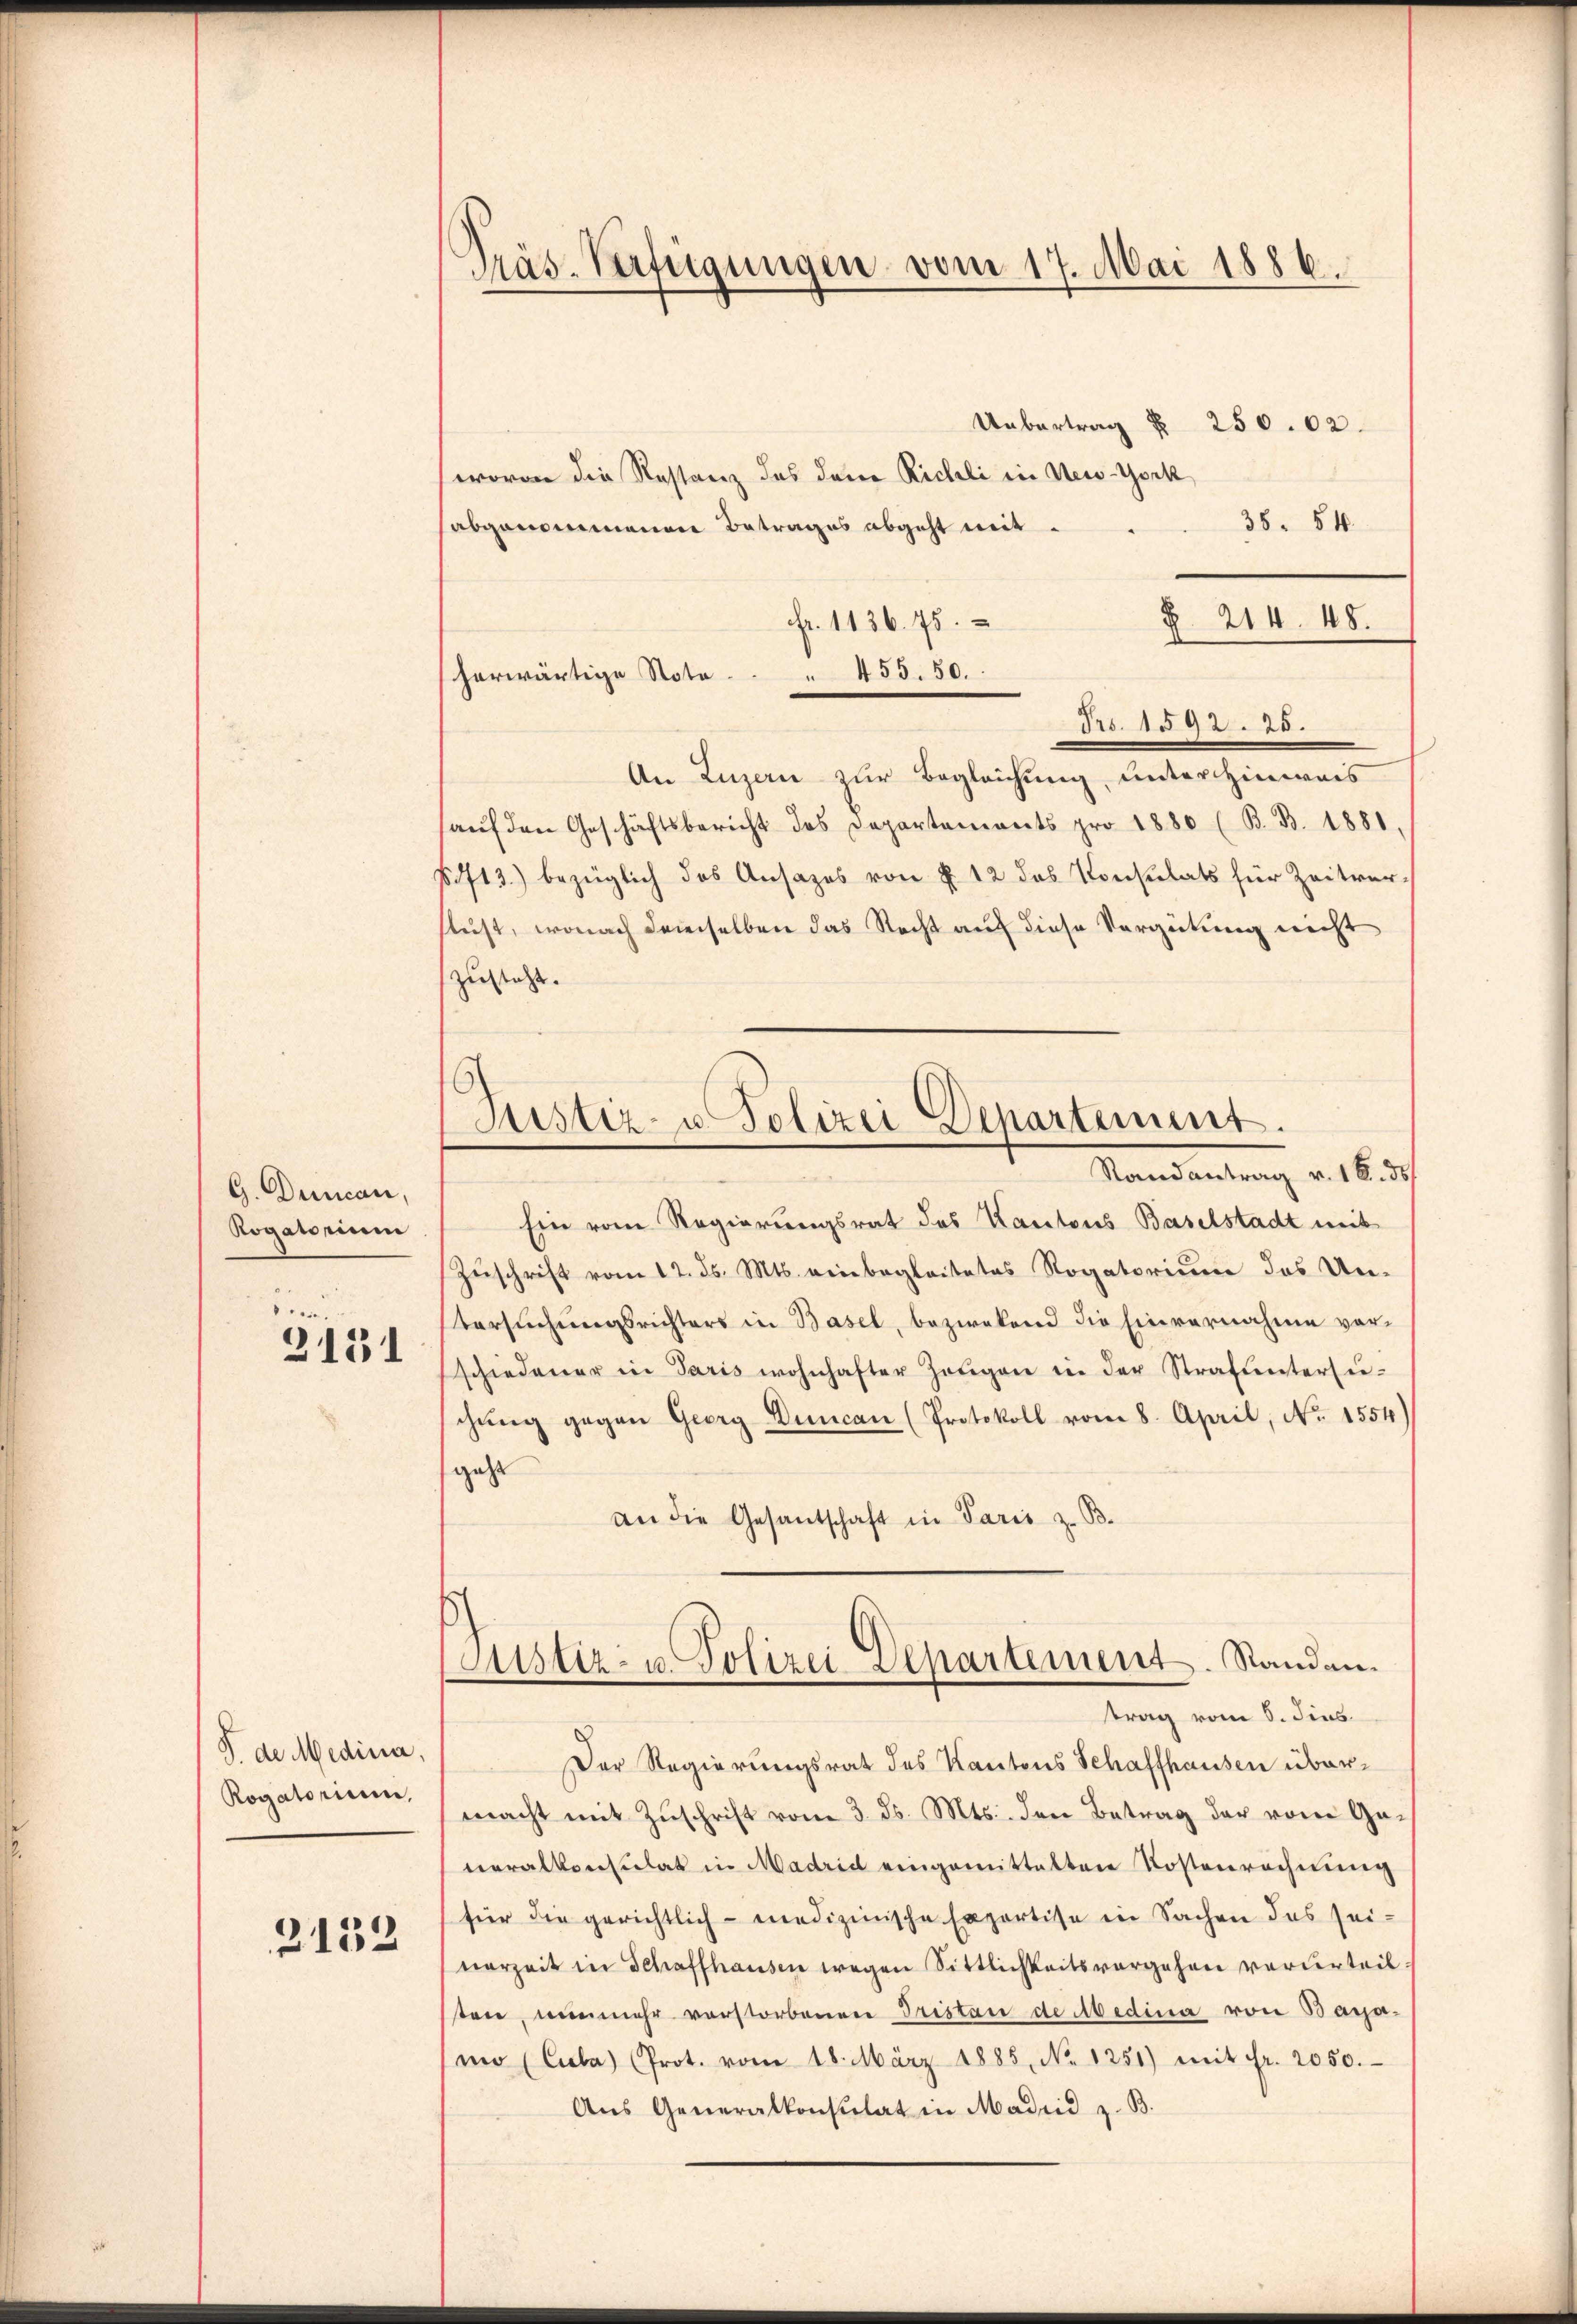
G. Duncan,
Rogatorium
.
3131

J. de Medicia,
Rogatorium,

2132

Präs. Verfügungen vom 17. Mai 1886.

Uebertrag § 250. 62.
wovon die Restanz des dem Richli in New-York
38. 54.
abgenommenen Betrages abgeht mit
Fr. 1136. 75.
§ 214. 48.
herwärtige Note . . . 455. 50.
 1285
An Luzern zur Begleichung, unter hinweis
aŭf den Geschäftsbericht des Departements pro 1880 (B. B. 1881,
§713) bezüglich des Ansazes von § 12 das Konsulats für Zeitverslust, wonach demselben das Recht auf diese Vergütung nicht
zusteht.
Ein vom Regierungsrat des Kantons Baselstadt mit
Zuschrift vom 12. ds. Mts. einbegleitetes Rogatorium das Un-
Versuchungsrichters in Basel, bezwekend die Einvernahme vorschiedener in Paris wohnhafter Zeugen in der Strafuntersu-
chŭng gegen Georg Duncan (Protokoll vom 8. April, No 1554)
geht
an die Gesantschaft in Paris z. B.
Astiz- u. Polizei Departement. Standen.
trag vom 6. dies
Der Regierungsrat des Kantons Schaffhausen übermacht mit Zuschrift vom 3. ds. Mts. den Betrag der vom Generalkonsulat in Madrid eingemittelten Kostenrechnung
für die gerichtlich - medizinische Expertise in Sachen des seinorzeit in Schaffhausen wegen Sittlichkeitsvorgehen verurteil
ten, nunmehr verstorbenen Tristande Abedina von Baramno (Cuba) (Prot. vom 18. März 1885, No 1251) mit Fr. 2050.
Aus Generalkonsulat in Madrid z. B.

Justiz- u. Polizei Departement.
Randantrag v. 18. 35